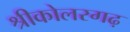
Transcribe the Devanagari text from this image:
श्रीकोलरगढ़